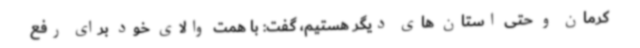
کرمان و حتی استان های دیگر هستیم، گفت: با همت والای خود برای رفع